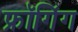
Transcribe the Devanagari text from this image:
फ्रॉगिंग